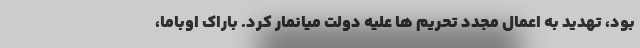
بود، تهدید به اعمال مجدد تحریم ها علیه دولت میانمار كرد. باراک اوباما،